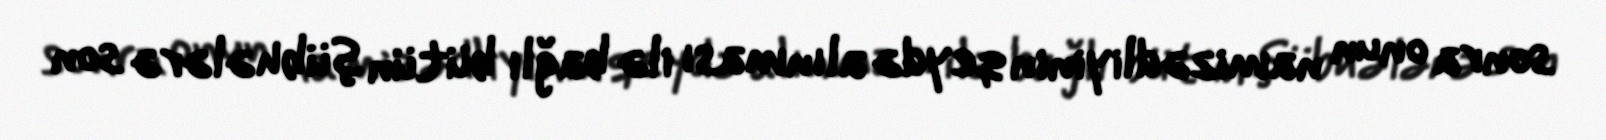
sonra onun namizədliyinin qeydə alınması ilə bağlı bütün şübhələrə son